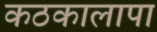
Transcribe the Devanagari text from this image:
कठकालापा